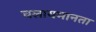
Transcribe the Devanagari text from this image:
चलायमानता